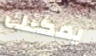
يمكنك